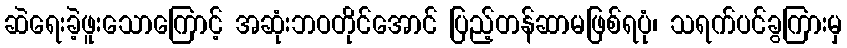
ဆဲရေးခဲ့ဖူးသောကြောင့် အဆုံးဘဝတိုင်အောင် ပြည့်တန်ဆာမဖြစ်ရပုံ၊ သရက်ပင်ခွကြားမှ